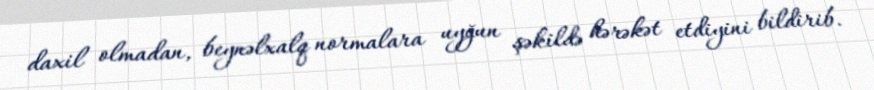
daxil olmadan, beynəlxalq normalara uyğun şəkildə hərəkət etdiyini bildirib.